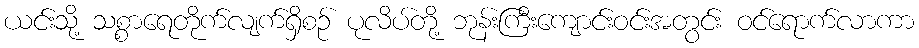
ယင်းသို့ သစ္စာရေတိုက်လျက်ရှိစဉ် ပုလိပ်တို့ ဘုန်းကြီးကျောင်းဝင်းအတွင်း ဝင်ရောက်လာကာ